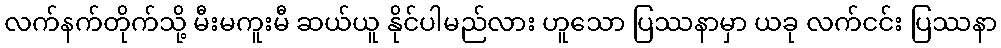
လက်နက်တိုက်သို့ မီးမကူးမီ ဆယ်ယူ နိုင်ပါမည်လား ဟူသော ပြဿနာမှာ ယခု လက်ငင်း ပြဿနာ